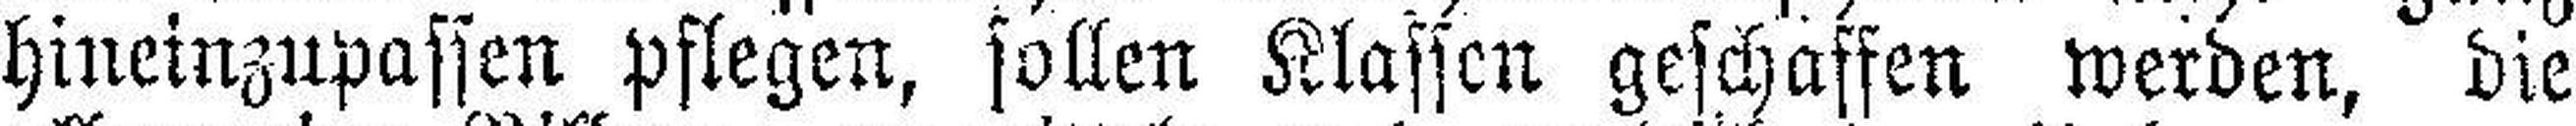
hineinzupassen pflegen, sollen Klassen geschaffen werden, die